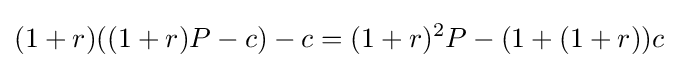
(1+r)((1+r)P-c)-c=(1+r)^{2}P-(1+(1+r))c